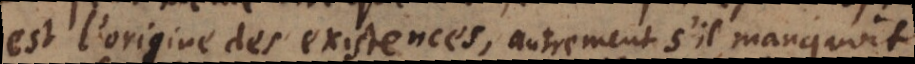
est l’origine des existences, autrement s’il manquoit